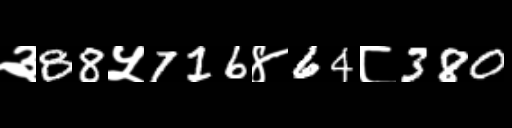
Text: ३88५716४64८380